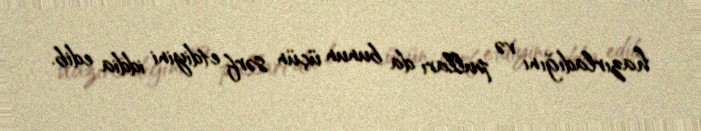
hazırladığını və pulları da bunun üçün sərf etdiyini iddia edib.